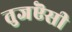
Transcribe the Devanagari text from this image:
तुजऎसी